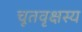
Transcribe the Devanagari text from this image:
चूतवृक्षस्य